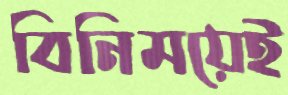
বিনিময়েই